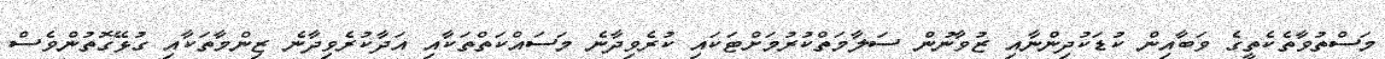
މަސްތުވާތެކެތީގެ ވަބާއިން ކުޑަކުދިންނާއި ޒުވާނުން ސަލާމަތްކުރުމަށްޓަކައި ކުރެވިދާނެ މަސައްކަތްތަކާއި އަދާކުރެވިދާނެ ޒިންމާތަކާއި ގުޅޭގޮތުންވެސް